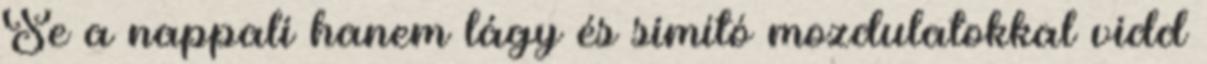
Se a nappali hanem lágy és simító mozdulatokkal vidd